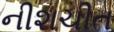
નીશચીત